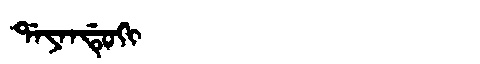
Manchu: ᡩᠠᠶᠠᠨᡩᡠᡴᡳ
Romanization: DAYANDUKI